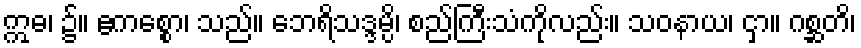
ဣဓ၊ ၌။ ဧကစ္စော၊ သည်။ ဘေရိသဒ္ဒမ္ပိ၊ စည်ကြီးသံကိုလည်း။ သဝနာယ၊ ငှာ။ ဂစ္ဆတိ၊